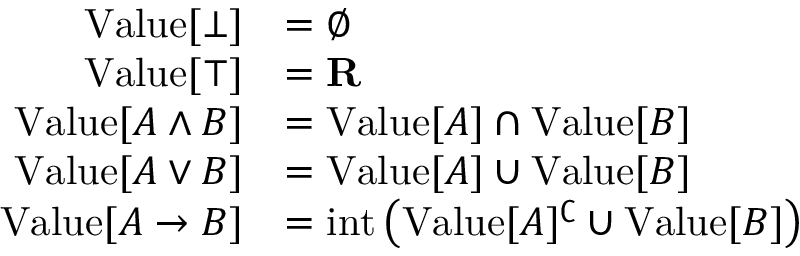
{ \begin{array} { r l } { { \mathrm { V a l u e } } [ \bot ] } & { = \emptyset } \\ { { \mathrm { V a l u e } } [ \top ] } & { = \mathbf { R } } \\ { { \mathrm { V a l u e } } [ A \land B ] } & { = { \mathrm { V a l u e } } [ A ] \cap { \mathrm { V a l u e } } [ B ] } \\ { { \mathrm { V a l u e } } [ A \lor B ] } & { = { \mathrm { V a l u e } } [ A ] \cup { \mathrm { V a l u e } } [ B ] } \\ { { \mathrm { V a l u e } } [ A \to B ] } & { = { \mathrm { i n t } } \left( { \mathrm { V a l u e } } [ A ] ^ { \complement } \cup { \mathrm { V a l u e } } [ B ] \right) } \end{array} }